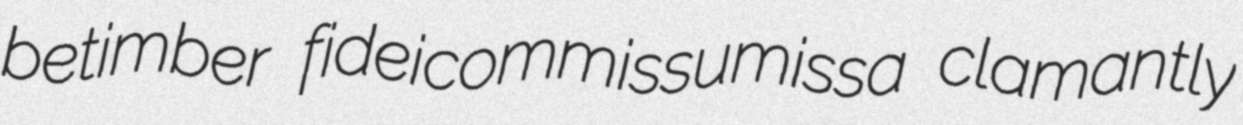
betimber fideicommissumissa clamantly